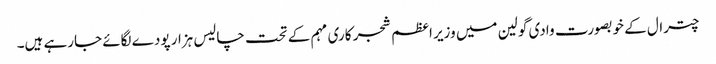
چترال کے خوبصورت وادی گولین میں وزیر اعظم شجر کاری مہم کے تحت چالیس ہزار پودے لگائے جارہے ہیں۔